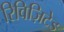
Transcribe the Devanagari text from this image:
रिविज़िटेड